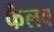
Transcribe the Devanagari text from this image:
फैलव